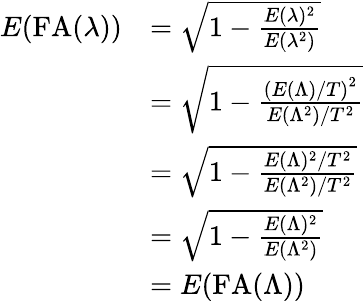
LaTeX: \begin{array}{rl}{E(\mathrm{FA}(\lambda))}&{=\sqrt{1-\frac{E(\lambda)^{2}}{E(\lambda^{2})}}}\\ &{=\sqrt{1-\frac{\left(E(\Lambda)/T\right)^{2}}{E(\Lambda^{2})/T^{2}}}}\\ &{=\sqrt{1-\frac{E(\Lambda)^{2}/T^{2}}{E(\Lambda^{2})/T^{2}}}}\\ &{=\sqrt{1-\frac{E(\Lambda)^{2}}{E(\Lambda^{2})}}}\\ &{=E(\mathrm{FA}(\Lambda))}\end{array}